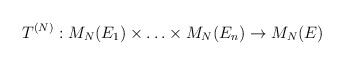
\begin{align*}T^{(N)}: M_N(E_1) \times \ldots \times M_N(E_n) \to M_N(E)\end{align*}